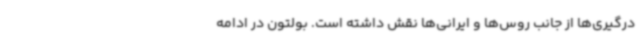
درگیری‌ها از جانب روس‌ها و ایرانی‌ها نقش داشته است. بولتون در ادامه